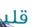
قل